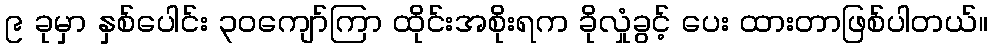
၉ ခုမှာ နှစ်ပေါင်း ၃၀ကျော်ကြာ ထိုင်းအစိုးရက ခိုလှုံခွင့် ပေး ထားတာဖြစ်ပါတယ်။